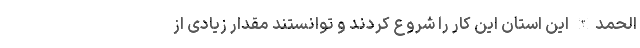
الحمدالله این استان این کار را شروع کردند و توانستند مقدار زیادی از